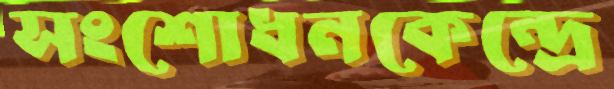
সংশোধনকেন্দ্রে